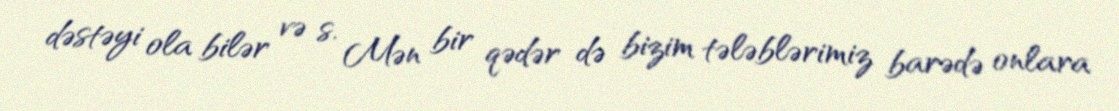
dəstəyi ola bilər və s. Mən bir qədər də bizim tələblərimiz barədə onlara